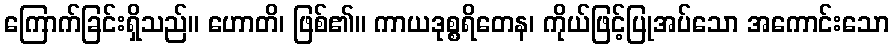
ကြောက်ခြင်းရှိသည်။ ဟောတိ၊ ဖြစ်၏။ ကာယဒုစ္စရိတေန၊ ကိုယ်ဖြင့်ပြုအပ်သော အကောင်းသော